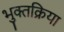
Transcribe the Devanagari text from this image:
भुक्तक्रिया